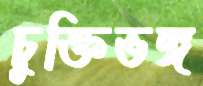
চুক্তিভঙ্গ